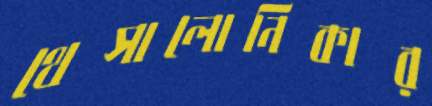
থেসালোনিকার